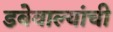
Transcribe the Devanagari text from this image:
डबेवाल्यांची